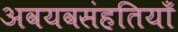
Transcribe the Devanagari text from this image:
अवयवसंहतियाँ